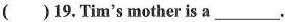
( )19. Tim's mother is a___.